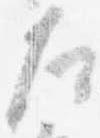
左